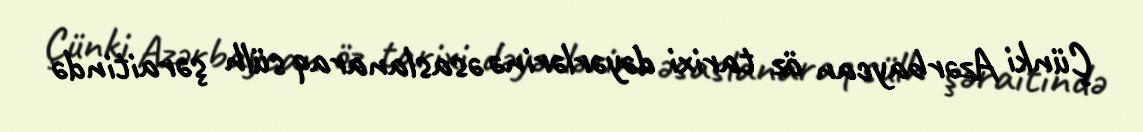
Çünki Azərbaycan öz tarixi dəyərlərinə əsaslanaraq sülh şəraitində